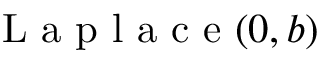
{ \textrm { L a p l a c e } } ( 0 , b )